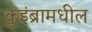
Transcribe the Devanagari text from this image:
कुइंब्रामधील